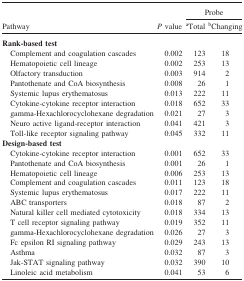
<table><thead><tr><td></td><td></td><td colspan="2"><b>Probe</b></td></tr><tr><td><b>Pathway</b></td><td><b><i>P</i> value</b></td><td><b>aTotal</b></td><td><b>bChanging</b></td></tr></thead><tbody><tr><td><b>Rank-based test</b></td><td></td><td></td><td></td></tr><tr><td> Complement and coagulation cascades</td><td>0.002</td><td>123</td><td>18</td></tr><tr><td> Hematopoietic cell lineage</td><td>0.002</td><td>253</td><td>13</td></tr><tr><td> Olfactory transduction</td><td>0.003</td><td>914</td><td>2</td></tr><tr><td> Pantothenate and CoA biosynthesis</td><td>0.008</td><td>26</td><td>1</td></tr><tr><td> Systemic lupus erythematosus</td><td>0.013</td><td>222</td><td>11</td></tr><tr><td> Cytokine-cytokine receptor interaction</td><td>0.018</td><td>652</td><td>33</td></tr><tr><td> gamma-Hexachlorocyclohexane degradation</td><td>0.021</td><td>27</td><td>3</td></tr><tr><td> Neuro active ligand-receptor interaction</td><td>0.041</td><td>421</td><td>3</td></tr><tr><td> Toll-like receptor signaling pathway</td><td>0.045</td><td>332</td><td>11</td></tr><tr><td><b>Design-based test</b></td><td></td><td></td><td></td></tr><tr><td> Cytokine-cytokine receptor interaction</td><td>0.001</td><td>652</td><td>33</td></tr><tr><td> Pantothenate and CoA biosynthesis</td><td>0.001</td><td>26</td><td>1</td></tr><tr><td> Hematopoietic cell lineage</td><td>0.006</td><td>253</td><td>13</td></tr><tr><td> Complement and coagulation cascades</td><td>0.011</td><td>123</td><td>18</td></tr><tr><td> Systemic lupus erythematosus</td><td>0.017</td><td>222</td><td>11</td></tr><tr><td> ABC transporters</td><td>0.018</td><td>87</td><td>2</td></tr><tr><td> Natural killer cell mediated cytotoxicity</td><td>0.018</td><td>334</td><td>13</td></tr><tr><td> T cell receptor signaling pathway</td><td>0.019</td><td>352</td><td>11</td></tr><tr><td> gamma-Hexachlorocyclohexane degradation</td><td>0.026</td><td>27</td><td>3</td></tr><tr><td> Fc epsilon RI signaling pathway</td><td>0.029</td><td>243</td><td>13</td></tr><tr><td> Asthma</td><td>0.032</td><td>87</td><td>3</td></tr><tr><td> Jak-STAT signaling pathway</td><td>0.032</td><td>390</td><td>10</td></tr><tr><td> Linoleic acid metabolism</td><td>0.041</td><td>53</td><td>6</td></tr></tbody></table>